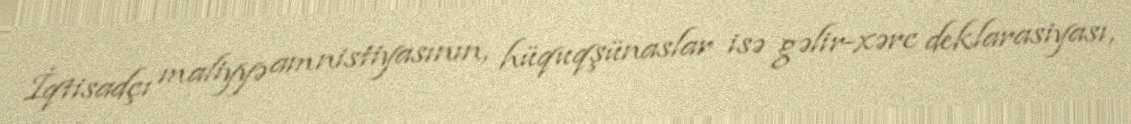
İqtisadçı maliyyə amnistiyasının, hüquqşünaslar isə gəlir-xərc deklarasiyası,